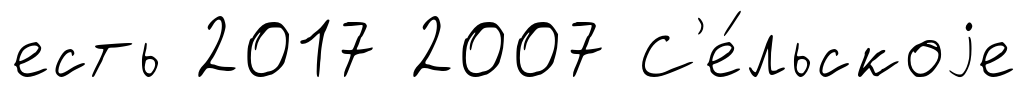
есть 2017 2007 С'е́льскоjе